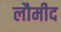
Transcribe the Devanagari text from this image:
लौमीद